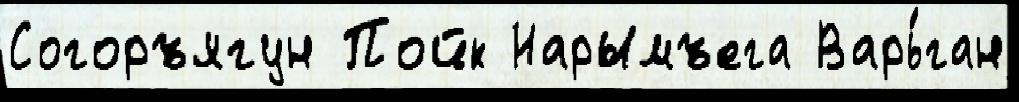
Согоръягун Пойк Нарымъега Варь́ган